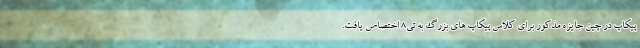
پیکاپ در چین جایزه مذکور برای کلاس پیکاپ های بزرگ به تی8 اختصاص یافت.